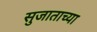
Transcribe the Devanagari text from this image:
सुजाताच्या